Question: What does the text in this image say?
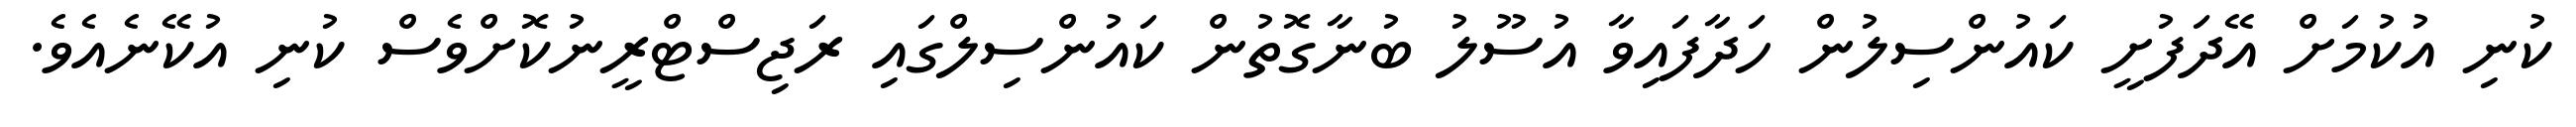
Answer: ކުނި އުކުމަށް އޭދަފުށީ ކައުންސިލުން ހަދާފައިވާ އުސޫލު ބުނާގޮތުން ކައުންސިލްގައި ރަޖިސްޓްރީނުކޮށްވެސް ކުނި އުކޭނެއެވެ.